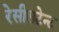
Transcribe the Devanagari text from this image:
रेसीसटेन्ट